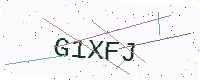
Text: G1XFJ